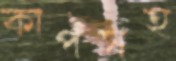
কার্পসহ